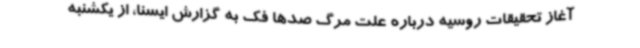
آغاز تحقیقات روسیه درباره علت مرگ صدها فک به گزارش ایسنا، از یکشنبه